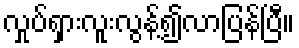
လှုပ်ရှားလူးလွန့်၍လာပြန်ပြီ။